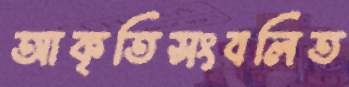
আকৃতিসংবলিত